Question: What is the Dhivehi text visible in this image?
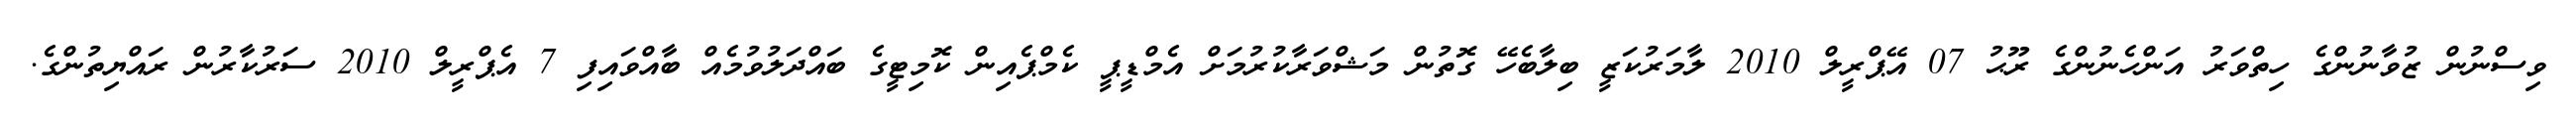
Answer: ވިސްނުން ޒުވާނުންގެ ހިތްވަރު އަންހެނުންގެ ރޫޙު 07 އޭޕްރީލް 2010 ލާމަރުކަޒީ ބިލާބެހޭ ގޮތުން މަޝްވަރާކުރުމަށް އެމްޑީޕީ ކެމްޕެއިން ކޮމިޓީގެ ބައްދަލުވުމެއް ބާއްވައިފި 7 އެޕްރީލް 2010 ސަރުކާރުން ރައްޔިތުންގެ.